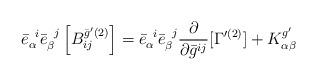
LaTeX: \begin{align*}{\bar{e}}_{\alpha}^{\;\; i}{\bar{e}}_{\beta}^{\;\; j} \left[{B}_{ij}^{\bar{g}'(2)} \right] ={\bar{e}}_{\alpha}^{\;\; i}{\bar{e}}_{\beta}^{\;\; j} \frac{\partial}{ \partial\bar{g}^{ij}}[ \Gamma'^{(2)}] + {K}^{g'}_{\alpha \beta}\end{align*}